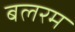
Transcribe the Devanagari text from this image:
बलरम